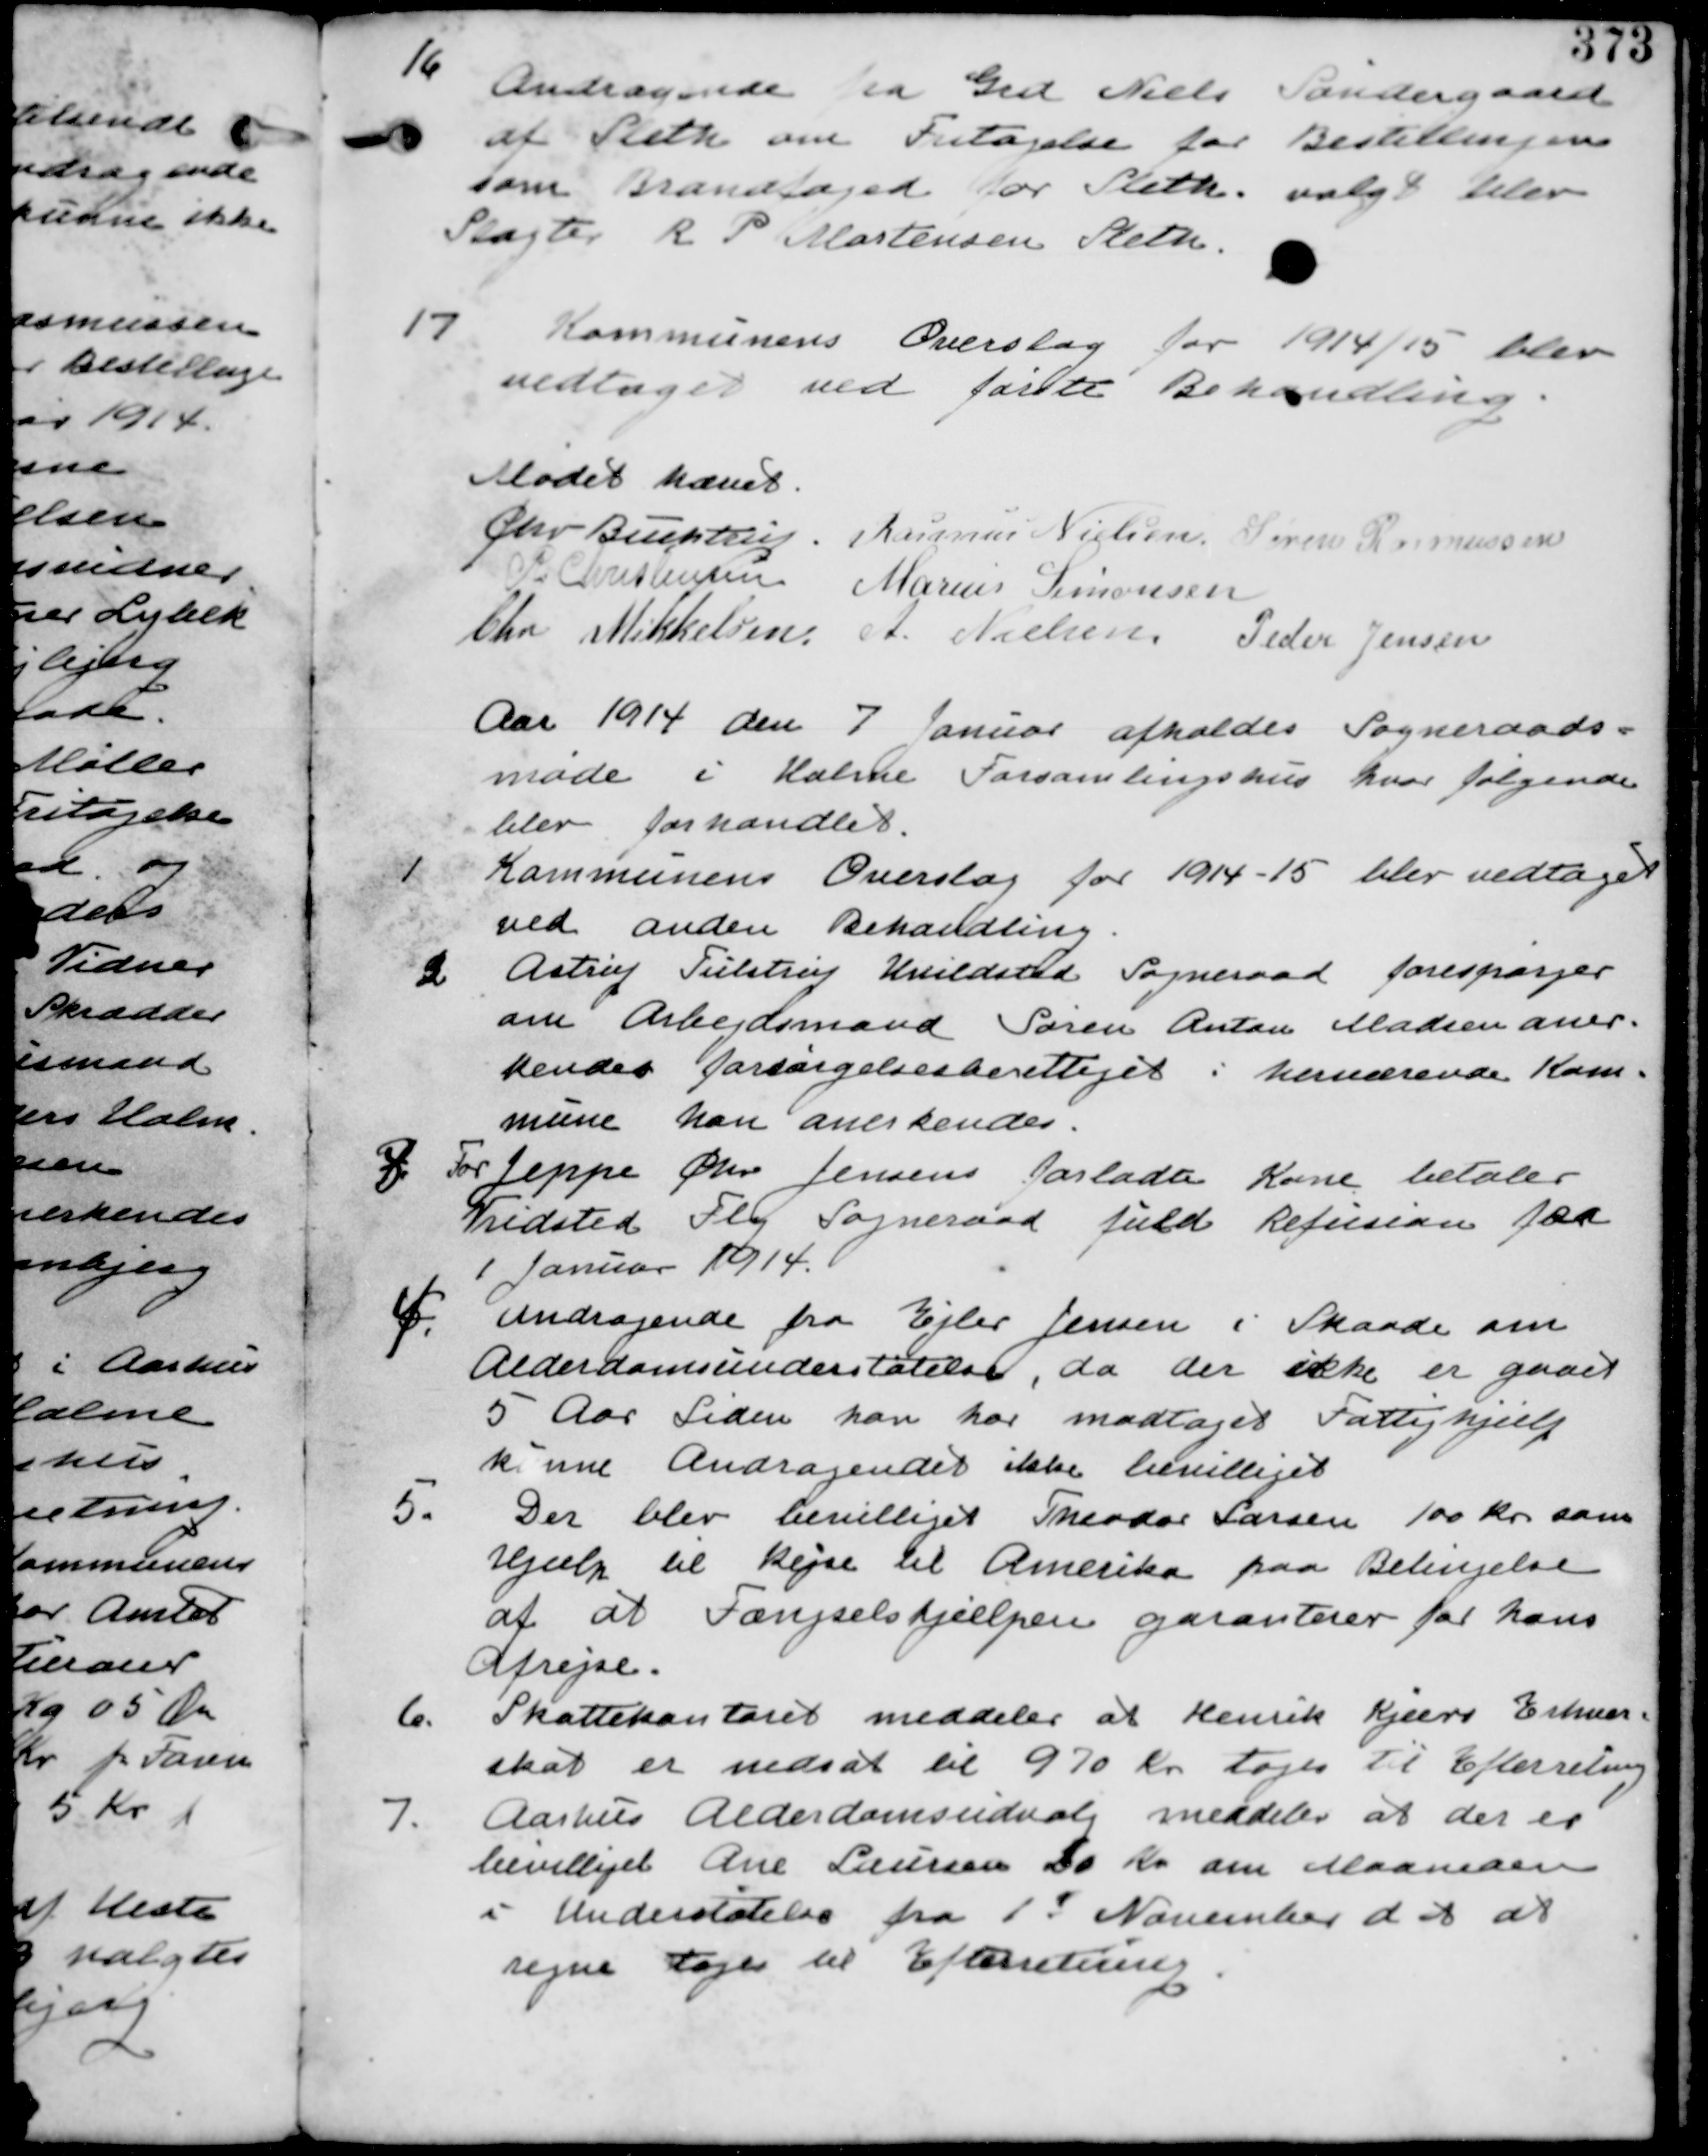
Transskription:
16 Andragende fra Grd Niels Søndergaard
af Sleth om Fritagelse for Bestillingen
som Brandfoged for Sleth. Valgt blev
Slagter R P Mortensen Sleth.

17 Kommunens Overslag for 1914/15 blev
vedtaget ved første Behandling.

Mødet hævet
Chr Buchtrup. Rasmus Nielsen Søren Rasmussen
P. Christensen Marius Simonsen
Chr Mikkelsen A. Nielsen. Peder Jensen

Aar 1914 den 7 Januar afholdes Sogneraads-
møde i Holme Forsamlingshus hvor følgende
blev forhandlet.

1 Kommunens Overslag for 1914-15 blev vedtaget
ved anden Behandling.

2 Astrup Tulstrup Sogneraad forespørger
om Arbejdsmand Søren Anton Madsen aner-
kendes forsørgelsesberettiget i herværende Kom-
mune han anerkendes.

3 For Jeppe Chr Jensen forladte Kone betaler
Vridsted Fly Sogneraad fuld Refusion fra
1 Januar 1914.

4. Andragende fra Ejler Jensen i Skaade om
Alderdomsunderstøttelse, da der ikke er gaaet
5 Aar Siden han har modtaget Fattighjælp
kunne Andragendet ikke bevilliget.

5. Der blev bevilliget Theodor Larsen 100 Kr som
hjælp til Rejse til Amerika paa Betingelse
af at Fængselshjælpen garanterer for hans
Afrejse

6. Skattekontoret meddeler at Henrik Kjærs Erhvervs-
skat er nedsat til 970 Kr tages til Efterretning.

7. Aarhus Alderdomsudvalg meddeler at der er
bevilliget Ane Laursen 20 Kr om maaneden
i Understøttelse fra 1. November d A at
regne tages til Efterretning.